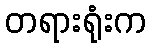
တရားရုံးက